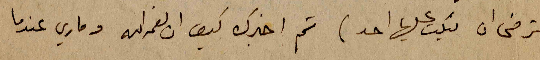
ترضى ان ينكت عليها احد) ثم اخبرك كيف ان نعمه الله وماري عندما